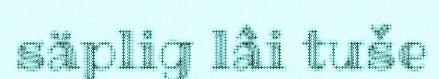
säplig lâi tuše